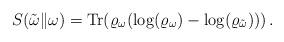
LaTeX: \begin{align*} S(\tilde{\omega} \|\omega) = {\rm Tr}(\varrho_\omega(\log(\varrho_\omega) - \log(\varrho_{\tilde{\omega}}))) \,.\end{align*}